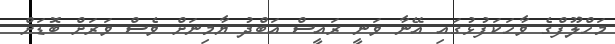
މަހްލޫފްގެ ވާހަކަފުޅުގައި އޭނާ ވަނީ ރައީސް އަބްދު ޔާމިނަށް ވެސް ވަރަށް ބޮޑަށް